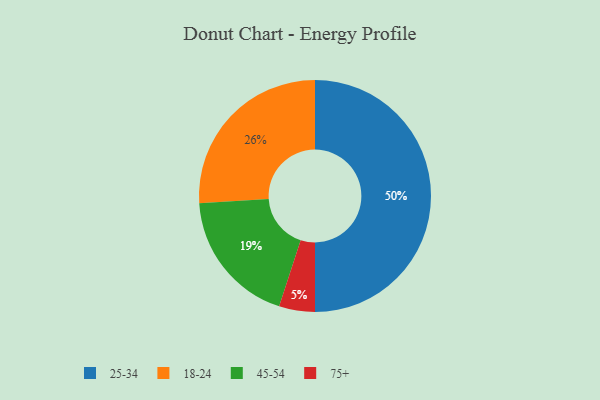
{"axis": {"x": "Category", "y": "Percentage"}, "legend": ["18-24", "25-34", "45-54", "75+"], "data": [{"x": "45-54", "y": 19, "type": "45-54"}, {"x": "18-24", "y": 26, "type": "18-24"}, {"x": "25-34", "y": 50, "type": "25-34"}, {"x": "75+", "y": 5, "type": "75+"}]}